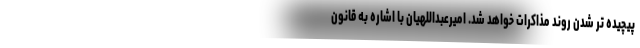
پیچیده تر شدن روند مذاکرات خواهد شد. امیرعبداللهیان با اشاره به قانون